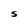
Character: S